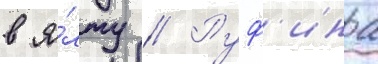
в я́лту // Руф'ина